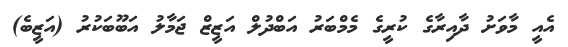
އެއީ މާވަށު ދާއިރާގެ ކުރީގެ މެމްބަރު އަބްދުލް އަޒީޒް ޖަމާލު އަބޫބަކުރު (އަޒީބެ)